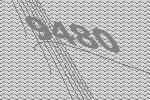
9480